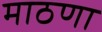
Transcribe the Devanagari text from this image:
माठणा